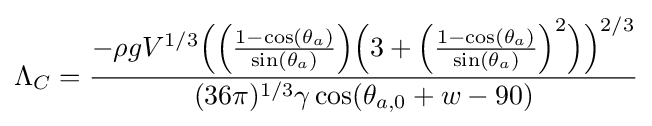
\Lambda _{C}={\frac {-\rho {g}{V^{1/3}}{\Big (}{\Big (}{\frac {1-\cos(\theta _{a})}{\sin(\theta _{a})}}{\Big )}{\Big (}3+{\Big (}{\frac {1-\cos(\theta _{a})}{\sin(\theta _{a})}}{\Big )}^{2}{\Big )}{\Big )}^{2/3}}{(36\pi )^{1/3}\gamma \cos(\theta _{a,0}+w-90)}}